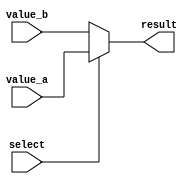
module ConditionalAssignment (
    input wire select,        // Selection signal
    input wire [7:0] value_a, // First value input
    input wire [7:0] value_b, // Second value input
    output reg [7:0] result   // Output result
);

// Always block to evaluate the conditional assignment
always @(*) begin
    // Conditional operator for assignment
    result = (select) ? value_a : value_b;
end

endmodule